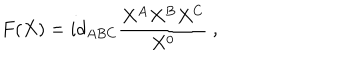
LaTeX: F ( X ) = i d _ { A B C } { \frac { X ^ { A } X ^ { B } X ^ { C } } { X ^ { 0 } } } \ ,